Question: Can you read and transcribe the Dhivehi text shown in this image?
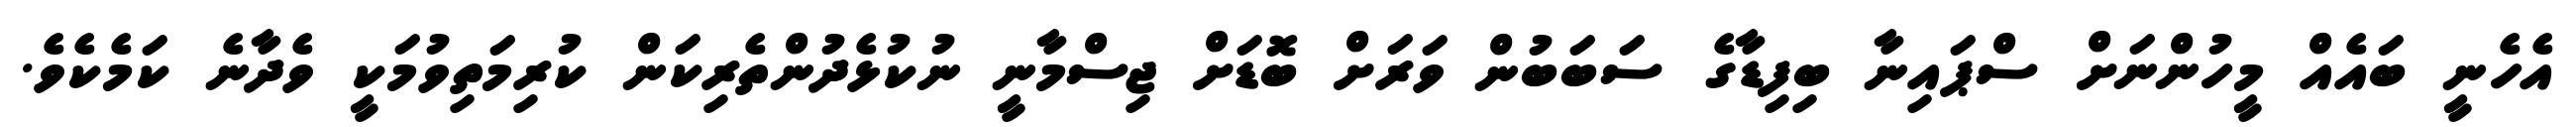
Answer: އެހެނީ ބައެއް މީހުންނަށް ސްޕައިނާ ބިފިޑާގެ ސަބަބުން ވަރަށް ބޮޑަށް ޖިސްމާނީ ނުކުޅެދުންތެރިކަން ކުރިމަތިވުމަކީ ވެދާނެ ކަމެކެވެ.